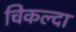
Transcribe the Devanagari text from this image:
चिकल्दा